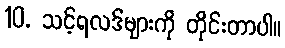
10. သင့်ရလဒ်များကို တိုင်းတာပါ။